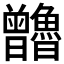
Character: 𰗃